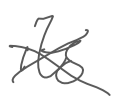
Text: its
Cross-out: cross
Writing tool: digital_gray